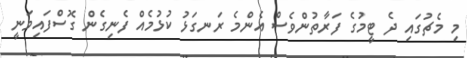
މި މެޗުގައި ދެ ޓީމުގެ ފަރާތުންވެސް އެންމެ ރަނގަޅު ކުޅުމެއް ފެނިގެން ގޮސްފައިވަނީ